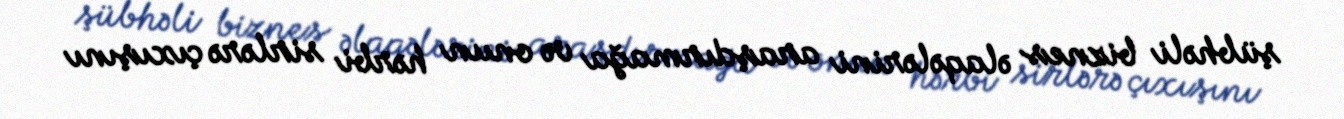
şübhəli biznes əlaqələrini araşdırmağa və onun hərbi sirlərə çıxışını